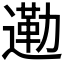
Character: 𮞿